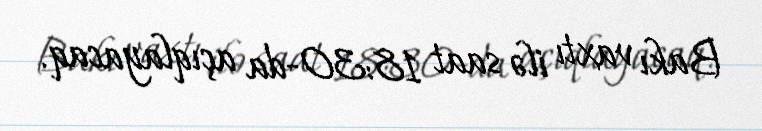
Bakı vaxtı ilə saat 18:30-da açıqlayacaq.